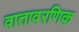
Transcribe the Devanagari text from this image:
वातावरणिक